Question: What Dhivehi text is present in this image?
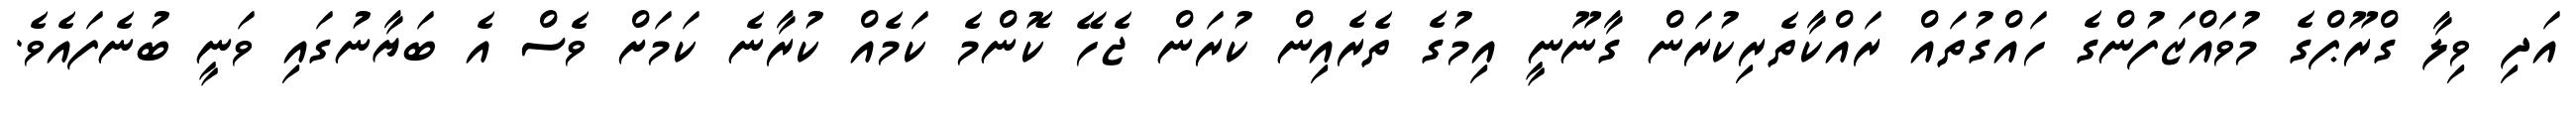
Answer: އަދި ވިލާ ގްރޫޕްގެ މުވައްޒަފުންގެ ހައްގުތައް ރައްކާތެރިކުރަން ގާނޫނީ އިމުގެ ތެރެއިން ކުރަން ޖެހޭ ކޮންމެ ކަމެއް ކުރާނެ ކަމަށް ވެސް އެ ބަޔާނުގައި ވަނީ ބުނެފައެވެ.